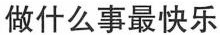
做什么事最快乐